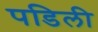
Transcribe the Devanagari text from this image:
पडिली